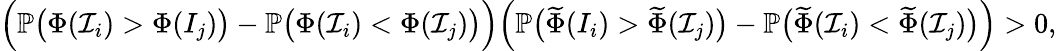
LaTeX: \begin{array}{r}{\Big(\mathbb{P}\big(\Phi(\mathcal{I}_{i})>\Phi(I_{j})\big)-\mathbb{P}\big(\Phi(\mathcal{I}_{i})<\Phi(\mathcal{I}_{j})\big)\Big)\Big(\mathbb{P}\big(\widetilde{\Phi}(I_{i})>\widetilde{\Phi}(\mathcal{I}_{j})\big)-\mathbb{P}\big(\widetilde{\Phi}(\mathcal{I}_{i})<\widetilde{\Phi}(\mathcal{I}_{j})\big)\Big)>0,}\end{array}